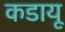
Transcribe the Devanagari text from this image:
कडायू